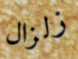
زلزال